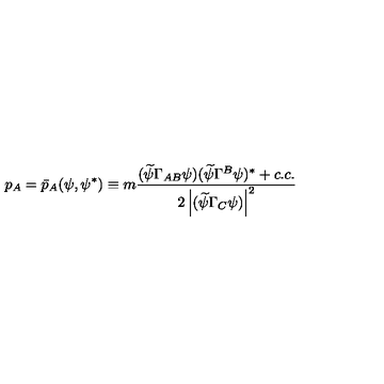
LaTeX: p _ { A } = \bar { p } _ { A } ( \psi , \psi ^ { * } ) \equiv m \frac { ( \widetilde { \psi } \Gamma _ { A B } \psi ) ( \widetilde { \psi } \Gamma ^ { B } \psi ) ^ { * } + c . c . } { 2 \left| ( \widetilde { \psi } \Gamma _ { C } \psi ) \right| ^ { 2 } }